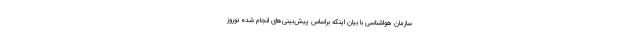
سازمان هواشناسی با بیان اینکه براساس پیش‌بینی‌های انجام شده نوروز